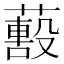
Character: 𦿓